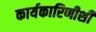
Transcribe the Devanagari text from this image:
कार्यकारिणीशी